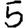
Digit: 5